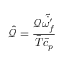
\hat { \mathcal { Q } } = \frac { \mathcal { Q } \tilde { \dot { \omega _ { f } ^ { \prime } } } } { \bar { T } \bar { c } _ { p } }